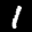
Label: 1